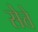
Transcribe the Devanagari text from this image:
सेत्ते